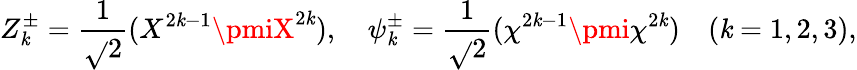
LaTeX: Z_{\mathit{k}}^{\pm}={\frac{{1}}{{\sqrt{}{{2}}}}}(X^{2\mathit{k}-1}\pmiX^{2\mathit{k}}),\quad\psi_{\mathit{k}}^{\pm}={\frac{{1}}{{\sqrt{}{{2}}}}}(\chi^{2\mathit{k}-1}\pmi\chi^{2\mathit{k}})\quad(\mathit{k}=1,2,3),